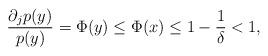
LaTeX: \begin{align*}\frac{\partial_j p(y)}{p(y)}=\Phi(y)\le \Phi(x)\le 1-\frac{1}{\delta}<1,\end{align*}